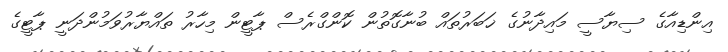
އިންޑިއާގެ ސިޔާސީ މައިދާނުގެ ޚަބަރުތައް ބުނާގޮތުން ކޮންގްރެސް ޕާޓީން މިހާރު ތައްޔާރުވަމުންދަނީ ޕާޓީގެ